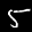
Label: 5